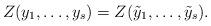
LaTeX: \begin{align*}Z(y_{1}, \dotsc , y_{s}) = Z(\tilde{y}_{1}, \dotsc , \tilde{y}_{s}).\end{align*}